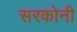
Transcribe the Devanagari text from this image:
सरकोनी